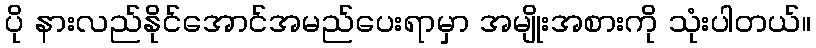
ပို နားလည်နိုင်အောင်အမည်ပေးရာမှာ အမျိုးအစားကို သုံးပါတယ်။